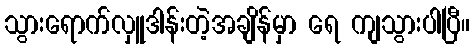
သွားရောက်လှူဒါန်းတဲ့အချိန်မှာ ရေ ကျသွားပါပြီ။